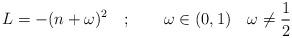
LaTeX: \begin{align*}L=-(n+\omega )^{2}\quad ;\qquad \omega \in (0,1)\quad \omega \neq \frac{1}{2}\end{align*}